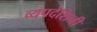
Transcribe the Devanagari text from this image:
व्यपदेशिनी